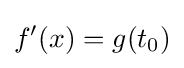
{f}'(x)=g(t_{0})